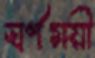
স্বর্ণময়ী